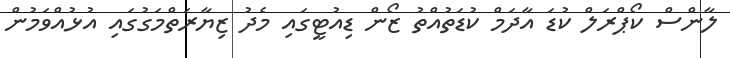
ލާންސް ކޯޕްރަލް ކުޑަ އާދަމް ކުޑަތުއްތު ޒޯން ޑިއުޓީގައި މެދު ޒިޔާރަތްމަގުގައި އުޅުއްވަމުން